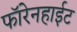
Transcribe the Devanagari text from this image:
फॉरेनहाईट